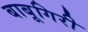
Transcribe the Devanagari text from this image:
बाबूगिरी